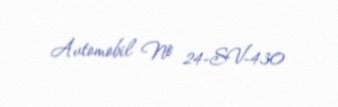
Avtomobil № 24-SV-430